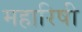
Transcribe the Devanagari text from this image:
महारिषी